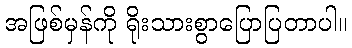
အဖြစ်မှန်ကို ရိုးသားစွာပြောပြတာပါ။